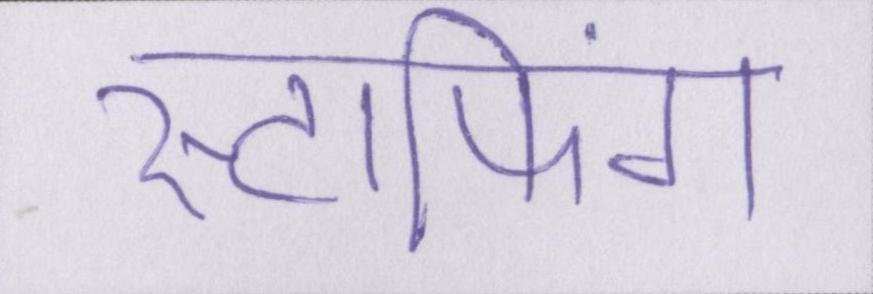
स्टाफिंग